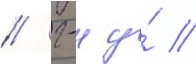
/ г-н у́ //